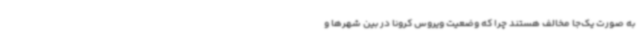
به صورت یک‌جا مخالف هستند چرا که وضعیت ویروس کرونا در بین شهرها و